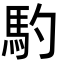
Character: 馰